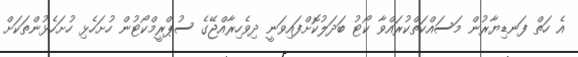
އެ ހަތް ފަނޑިޔާރުން މަސައްކަތްކުރައްވާ ކޯޓު ބަދަލުކޮށްފައިވަނީ ދިވެހިރާއްޖޭގެ ސުޕްރީމްކޯޓުން ހުށަހެޅި ހުށަހެޅުންތަކަށް